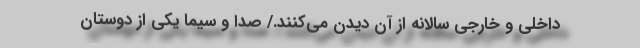
داخلی و خارجی سالانه از آن دیدن می‌کنند./ صدا و سیما یکی از دوستان